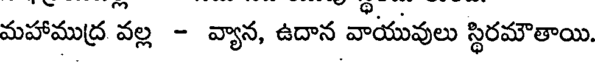
మహాముద్ర వల్ల - వ్యాన, ఉదాన వాయువులు స్థిరమౌతాయి.